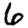
Digit: 6